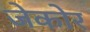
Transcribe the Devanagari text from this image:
जेकोर